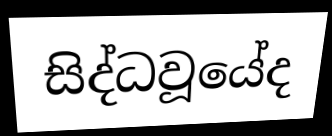
සිද්ධවූයේද